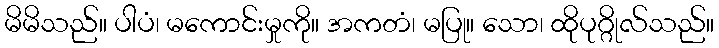
မိမိသည်။ ပါပံ၊ မကောင်းမှုကို။ အကတံ၊ မပြု။ သော၊ ထိုပုဂ္ဂိုလ်သည်။